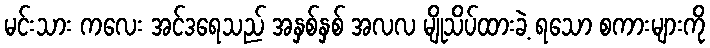
မင်းသား ကလေး အင်ဒရေသည် အနှစ်နှစ် အလလ မျိုသိပ်ထားခဲ့ ရသော စကားများကို